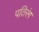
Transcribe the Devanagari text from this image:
पतिरंग